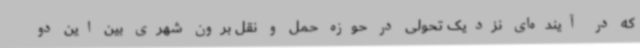
که در آینده‌ای نزدیک تحولی در حوزه حمل و نقل برون شهری بین این دو